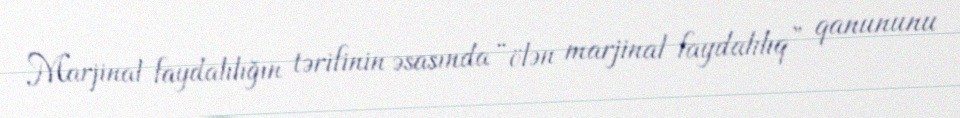
Marjinal faydalılığın tərifinin əsasında “ölən marjinal faydalılıq” qanununu